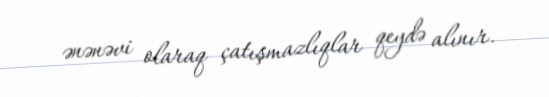
ənənəvi olaraq çatışmazlıqlar qeydə alınır.